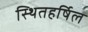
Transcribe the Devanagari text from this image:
स्थितहर्षिल